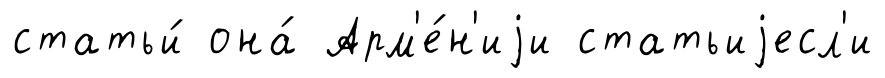
статьи́ она́ Арм'е́н'иjи статьиjесл'и